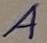
Text: A